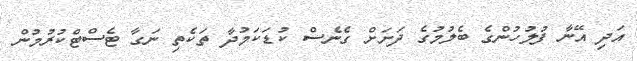
އަދި އޭނާ ފުލުހުންގެ ބެލުމުގެ ދަށަށް ގެނެސް ކުޑަކަމުދާ ތަކެތި ނަގާ ޓެސްޓްކުރުމުން